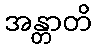
အန္တာတိ